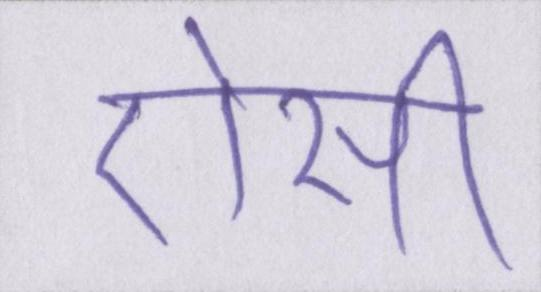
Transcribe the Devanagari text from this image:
ऐसी